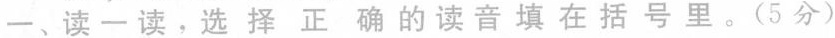
一、读一读。选择正确的读音填在括号里。(5分)